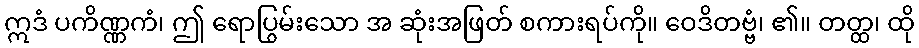
ဣဒံ ပကိဏ္ဏကံ၊ ဤ ရောပြွမ်းသော အ ဆုံးအဖြတ် စကားရပ်ကို။ ဝေဒိတဗ္ဗံ၊ ၏။ တတ္ထ၊ ထို